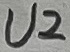
Text: U2